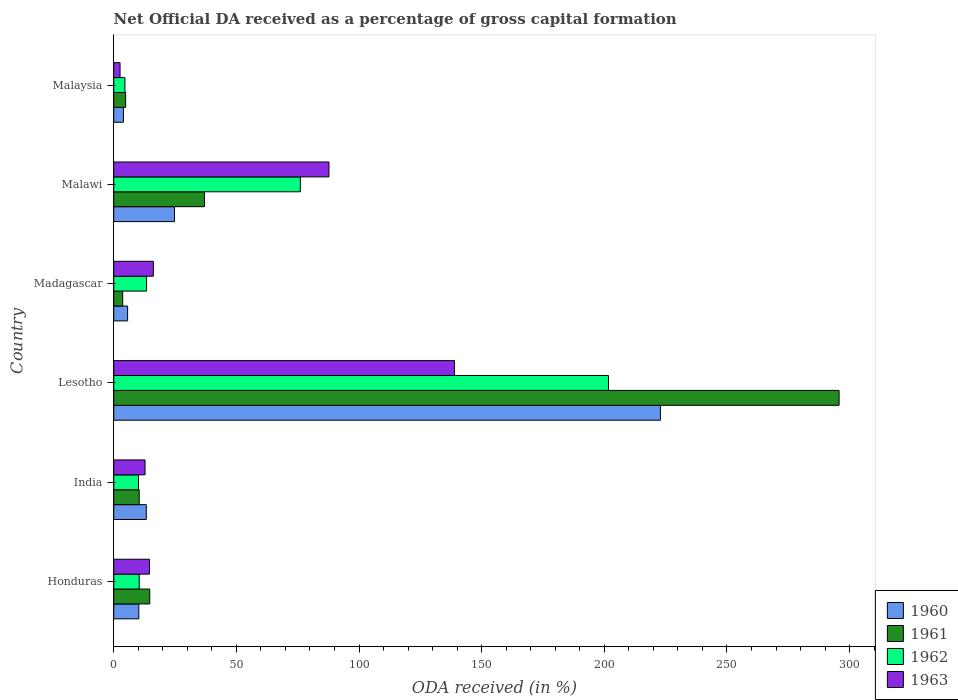
| Country | 1960 | 1961 | 1962 | 1963 |
 | --- | --- | --- | --- | --- |
 | Honduras | 10.2 | 14.7 | 10.4 | 14.6 |
 | India | 13.3 | 10.4 | 10.1 | 12.8 |
 | Lesotho | 223 | 296 | 202 | 139 |
 | Madagascar | 5.66 | 3.65 | 13.4 | 16.2 |
 | Malawi | 24.8 | 37 | 76.1 | 87.7 |
 | Malaysia | 3.95 | 4.84 | 4.56 | 2.57 |